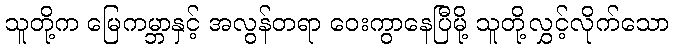
သူတို့က မြေကမ္ဘာနှင့် အလွန်တရာ ဝေးကွာနေပြီမို့ သူတို့လွှင့်လိုက်သော